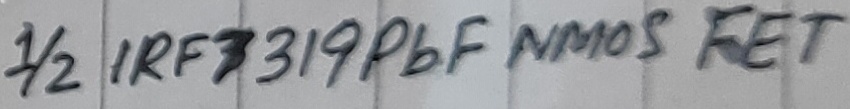
Text: 1/2 IRF 7319PbF NMOS FET